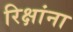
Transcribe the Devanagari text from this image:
रिक्षांना